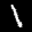
Label: 1